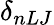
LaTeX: \delta_{nLJ}